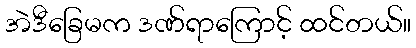
အဲဒီခြေမက ဒဏ်ရာကြောင့် ထင်တယ်။